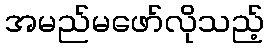
အမည်မဖော်လိုသည့်